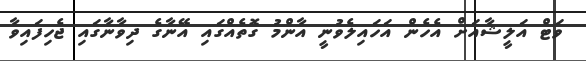
ވަޓް އަލީޝާއަށް އެހެން އަހައިލެވުނީ އާންމު ގޮތެއްގައި އޭނާގެ ދިވާނާގައި ޖެހިފައިވާ